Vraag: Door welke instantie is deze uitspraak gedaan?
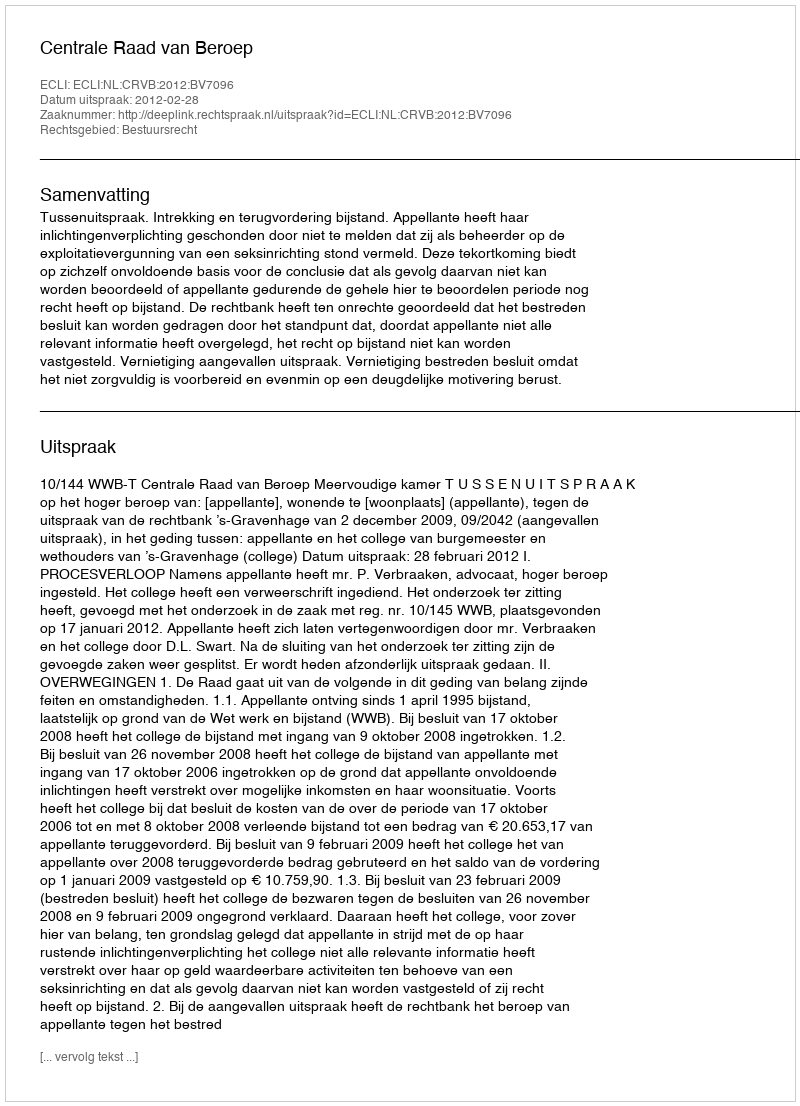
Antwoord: Centrale Raad van Beroep